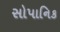
સોપાનિક